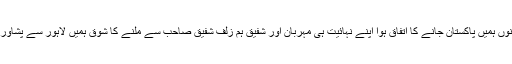
گذشتہ دنوں ہمیں پاکستان جانے کا اتفاق ہوا اپنے نہائیت ہی مہربان اور شفیق ہم زلف شفیق صاحب سے ملنے کا شوق ہمیں لاہور سے پشاور لے گیا۔